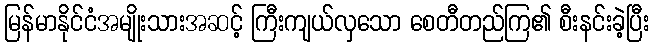
မြန်မာနိုင်ငံအမျိုးသားအဆင့် ကြီးကျယ်လှသော စေတီတည်ကြ၏ စီးနင်းခဲ့ပြီး